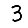
Digit: 3